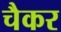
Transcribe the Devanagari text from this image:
चैकर